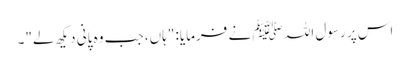
اس پر رسول اللہ ﷺ نے فرمایا: "ہاں، جب وہ پانی دیکھ لے"۔